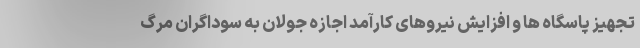
تجهیز پاسگاه ها و افزایش نیروهای کارآمد اجازه جولان به سوداگران مرگ